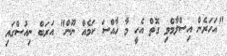
"އަހަރެން އިސްލާމްވި ގޮތް އެހީ މާ ހާއްސަ ކަމެއް ނޫން" އަރަބް ނިއުސްގައި